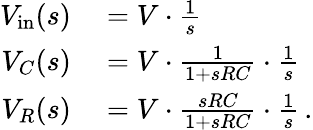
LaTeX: \begin{array}{rl}{V_{\mathrm{in}}(s)}&{{}=V\cdot{\frac{1}{s}}}\\ {V_{C}(s)}&{{}=V\cdot{\frac{1}{1+sRC}}\cdot{\frac{1}{s}}}\\ {V_{R}(s)}&{{}=V\cdot{\frac{sRC}{1+sRC}}\cdot{\frac{1}{s}}\, .}\end{array}